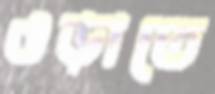
ওড়াতে